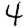
Digit: 4